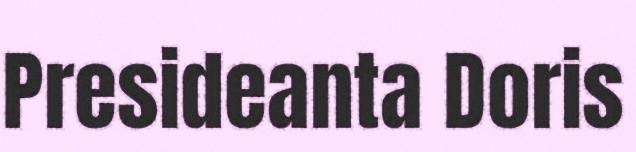
Presideanta Doris